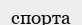
спорта